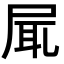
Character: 𡱷